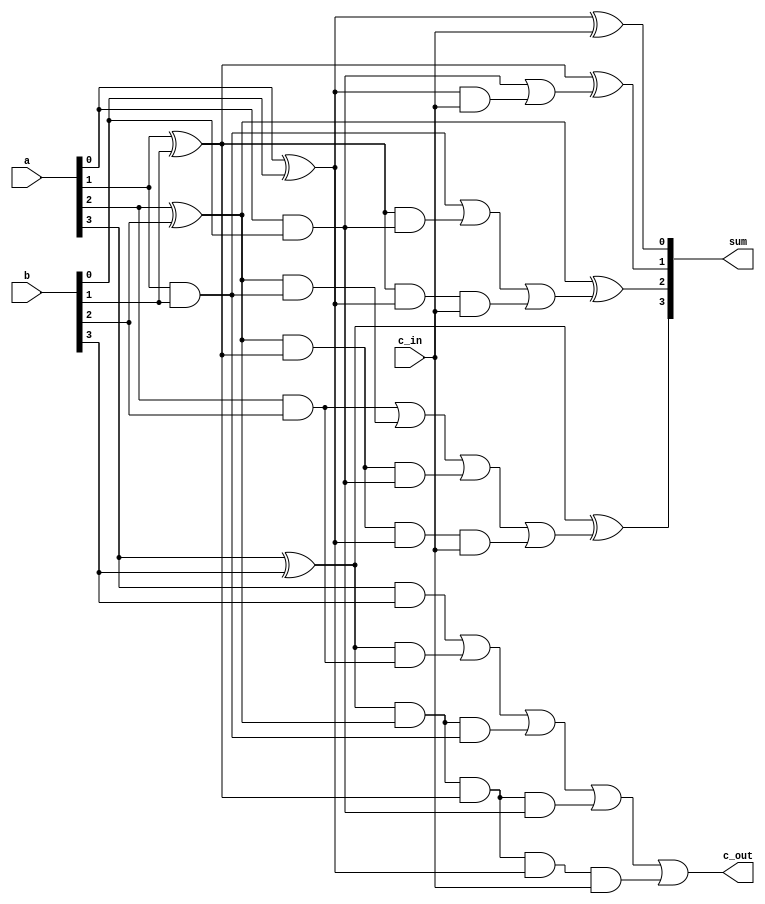
`timescale 1ns / 1ps
//////////////////////////////////////////////////////////////////////////////////
// Company: 
// Engineer: 
// 
// Design Name: 
// Module Name: logic2_fulladd4
// Project Name: 
// Target Devices: 
// Tool Versions: 
// Description: 
// 
// Dependencies: 
// 
// Revision:
// Revision 0.01 - File Created
// Additional Comments:
// 
//////////////////////////////////////////////////////////////////////////////////

// 
module logic2_fulladd4(output [3:0] sum, output c_out, input [3:0] a,b, input c_in);

// 
wire p0,g0, p1,g1, p2,g2, p3,g3;
wire c4, c3, c2, c1;

// p
assign p0 = a[0] ^ b[0],
       p1 = a[1] ^ b[1],
       p2 = a[2] ^ b[2],
       p3 = a[3] ^ b[3];

// g
assign g0 = a[0] & b[0],
       g1 = a[1] & b[1],
       g2 = a[2] & b[2],
       g3 = a[3] & b[3];

// 
assign c1 = g0 | (p0 & c_in),
       c2 = g1 | (p1 & g0) | (p1 & p0 & c_in),
       c3 = g2 | (p2 & g1) | (p2 & p1 & g0) | (p2 & p1 & p0 & c_in),
       c4 = g3 | (p3 & g2) | (p3 & p2 & g1) | (p3 & p2 & p1 & g0) | (p3 & p2 & p1 & p0 & c_in);

// 
assign sum[0] = p0 ^ c_in,
       sum[1] = p1 ^ c1,
       sum[2] = p2 ^ c2,
       sum[3] = p3 ^ c3;
       
// 
assign c_out = c4;

endmodule